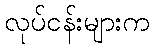
လုပ်ငန်းများက